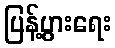
ပြန့်ပွားရေး